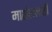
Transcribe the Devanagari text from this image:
मार्शललाही